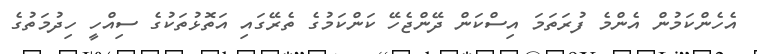
އެހެންކަމުން އެންމެ ފުރަތަމަ އިސްކަން ދޭންޖެހޭ ކަންކަމުގެ ތެރޭގައި އަތޮޅުތަކުގެ ސިއްހީ ހިދުމަތުގެ